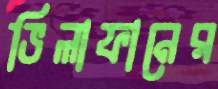
ভিলাফানের